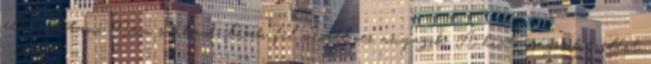
eltávolítani Nem szabadulnak fel veszélyes anyagok. A biztonságos kezelést